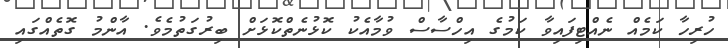
ހުރިހާ ކަމެއް ނެއްޓިފައިވާ ކަމުގެ އިހްސާސް ވުމާއެކު ކޮޅުނެތްކޮޅަށް ބިރުގަތުމެވެ. އާންމު ގޮތެއްގައި